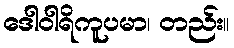
ဒေါဝါရိကူပမာ၊ တည်း။